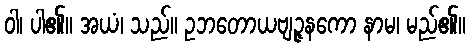
ဝါ၊ ပါ၏။ အယံ၊ သည်။ ဥဘတောယဗျဉ္ဇနကော နာမ၊ မည်၏။